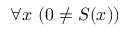
\forall x \ ( 0 \neq S ( x ) )